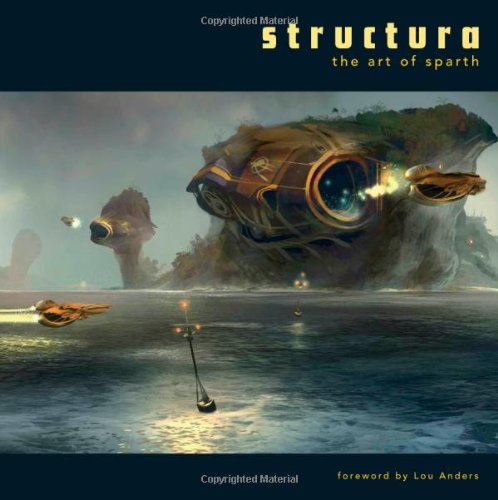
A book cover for Structura: The Art of Sparth; Arts & Photography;